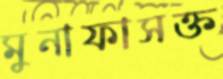
মুনাফাসক্ত